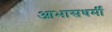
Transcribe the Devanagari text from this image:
आभासधर्मी